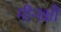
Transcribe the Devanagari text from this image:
मीनक्षी